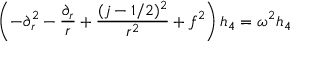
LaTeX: \left( - \partial _ { r } ^ { 2 } - { \frac { \partial _ { r } } { r } } + { \frac { ( j - 1 / 2 ) ^ { 2 } } { r ^ { 2 } } } + f ^ { 2 } \right) h _ { 4 } = \omega ^ { 2 } h _ { 4 }